Vaccination in Bombay 1874-1876 - 1874-1876
Year: 1874
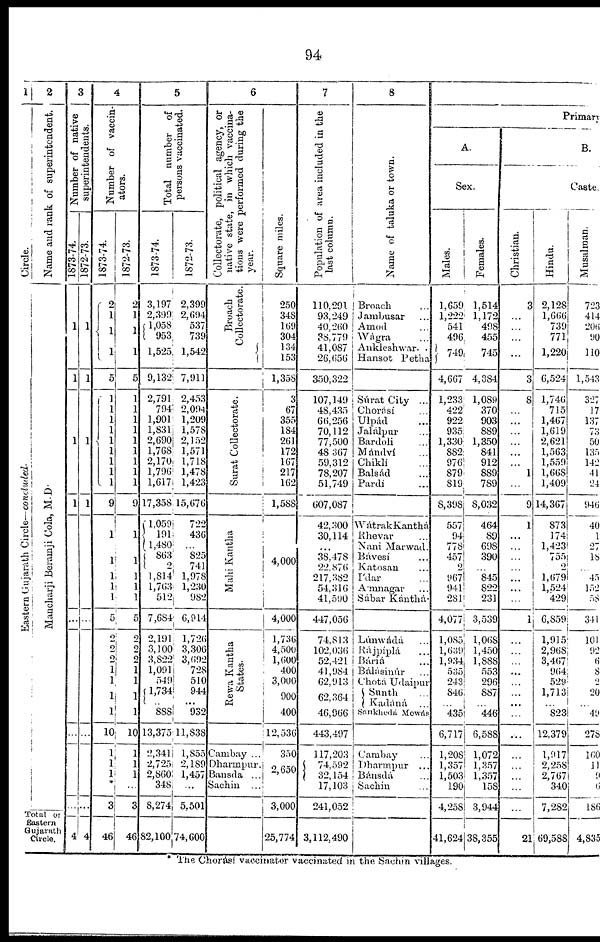
94
1
Circle.
Eastern Gujarath Circle—concluded.
2
Name and rank of superintendent.
Mancharji Beramji Cola, M.D.
Tot al of
Eastern
Gujarath
Circle.
3
Number of native
superintendents.
1873-74.
1
1
1
1
...
...
4
1872-73.
1
1
1
1
...
...
4
4
Number of vaccin-
ators.
1873-74.
2
1
1
1
5
1
1
1
1
1
1
1
1
1
9
1
1
1
1
1
5
2
2
2
1
1
1
1
10
1
1
1
*
3
46
1872-73.
2
1
1
1
5
1
1
1
1
1
1
1
1
1
9
1
1
1
1
1
5
2
2
2
1
1
1
1
10
1
1
1
...
3
46
5
Total number of
persons vaccinated.
1873-74.
3,197
2,399
1,058
953
1,525
9,132
2,791
794
1,901
1,831
2,690
1,768
2,170
1,796
1,617
17,358
1,059
191
1,480
863
2
1,814
1,763
512
7,684
2,191
3,100
3,822
1,091
549
1,734
..
888
13,375
2,341
2,725
2,860
348
8,274
82,100
1872-73.
2,399
2,694
537
739
1,542
7,911
2,453
2,094
1,209
1,578
2,152
1,571
1,718
1,478
1,423
15,676
722
436
...
825
741
1,978
1,230
982
6,914
1,726
3,306
3,692
728
510
944
...
932
11,838
1,855
2,189
1,457
...
5,501
74,600
6
Collectorate, political agency, or
native state, in which vaccina-
tions were performed during the
year.
Broach
Collectorate.
Surat Collectorate.
Mahi Kantha
Rewa Kantha
States.
Cambay ...
Dharmpur.
Bansda ...
Sachin ...
Square miles.
250
348
169
304
134
153
1,358
3
67
355
184
261
172
167
217
162
1,588
4,000
4,000
1,736
4,500
1,600
400
3,000
900
400
12,536
350
2,650
3,000
25,774
7
Population of area included in the
last column.
110,291
93,249
40,260
38,779
41,087
26,656
350,322
107,149
48,435
66,256
70,112
77,500
48,367
59,312
78,207
51,749
607,087
42,300
30,114
...
38,478
22,876
217,382
54,316
41,590
447,056
74,813
102,036
52,421
41,984
62,913
62,364
46,966
443,497
117,203
74,592
32,154
17,103
241,052
3,112,490
8
Name of taluka or town.
Broach ...
Jambusar ...
Amod ...
Wágra ...
Ankleshwar ..
Hansot Petha
Súrat City ...
Chorásí ...
Ulpád ...
Jalálpur ...
Bardoli ...
Mándví ...
Chiklí ...
Balsád ...
Pardí ...
WátrakKanthá
Rhevar ...
Nani Marwad.
Bávesí ...
Katosan ...
I'dar ...
A' mnagar ...
Sábar Kánthá.
Lúnwádá ...
Rájpíplá ...
Báríá ...
Bálásinúr ...
Chota Udaipur
Sunth ...
Kadáná ...
Sankheda Mewás
Cambay ...
Dharmpur ...
Bánsdá ...
Sachin ...
Primary
A.
Sex.
Males.
1,659
1,222
541
496
749
4,667
1,233
422
922
935
1,330
882
976
879
819
8,398
557
94
778
457
2
967
941
281
4,077
1,085
l,639
1,934
535
243
846
...
435
6,717
1,208
1,357
1,503
190
4,258
41,624
Females.
1,514
1,172
498
455
745
4,384
1,089
370
903
889
1,350
841
912
889
789
8,032
464
89
698
390
...
845
822
231
3,539
1,068
1,450
1,888
553
296
887
...
446
6,588
1,072
1,357
1,357
158
3,944
38,355
B.
Caste.
Christian.
3
...
...
...
...
3
8
...
...
...
...
...
...
1
...
9
1
...
...
...
...
...
...
...
1
...
...
...
...
...
...
...
...
...
...
...
...
...
...
21
Hindu.
2,128
1,666
739
771
1,220
6,524
1,746
715
1,467
1,619
2,621
1,563
1,559
1,668
1,409
14,367
873
174
1,423
755
2
1,679
1,524
429
6,859
1,915
2,968
3,467
964
529
1,713
...
823
12,379
1,917
2,258
2,767
340
7,282
69,588
Musalman.
723
414
206
90
110
1,543
327
17
137
73
50
135
142
41
24
946
40
1
27
18
...
45
152
58
341
101
92
6
8
2
20
... 49
278
160
11
9
6
186
4,835
The Chorásí vaccinator vaccinated in the Sachin villages.